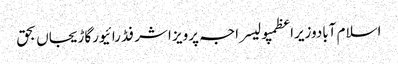
اسلام آبادوزیراعظمپولیسراجہ پرویز اشرفڈرائیورگاڑیجاں بحق